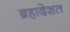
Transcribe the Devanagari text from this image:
ब्रहादेशत